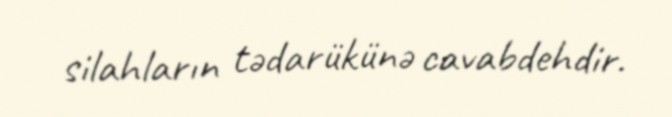
silahların tədarükünə cavabdehdir.